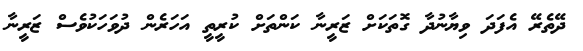
ދޭތެރޭ އެފަދަ ވިޔާނުދާ ގޮތަކަށް ޒަރީނާ ކަންތަށް ކުރީތީ އަހަރެން ދުވަހަކުވެސް ޒަރީނާ